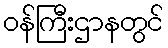
ဝန်ကြီးဌာနတွင်